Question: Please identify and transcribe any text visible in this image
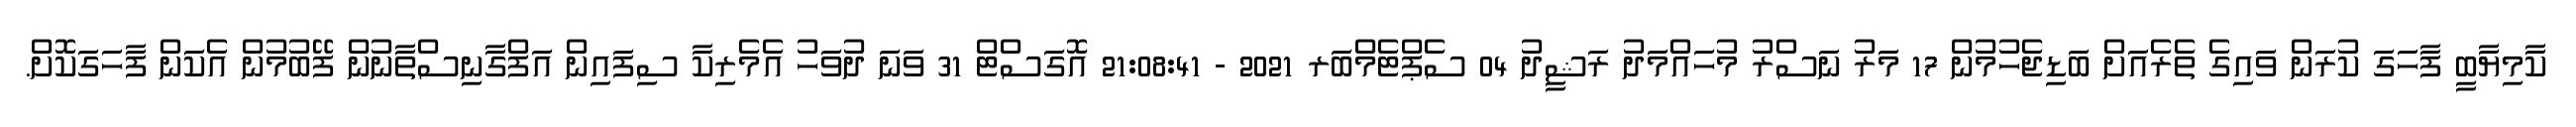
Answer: ކާމިޔާބީ ފާހަގަ ކުރަން ވައިގެ ތެރެއަށް ބަޑިޖެހުމުން 17 މަރު ނަސްރު މުހައްމަދު ރަޝީދު 04 ސެޕްޓެމްބަރ 2021 - 21:08:41 އޮގަސްޓް 31 ވަނަ ދުވަހު އެމެރިކާ ސިފައިން އަފްގާނިސްތާނުން ފޭބުމުން އެކަން ފާހަގަކޮށް.